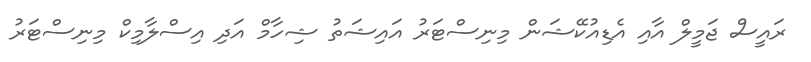
ރައީސް ޖަމީލް އާއި އެޑިއުކޭޝަން މިނިސްޓަރު އައިޝަތު ޝިހާމް އަދި އިސްލާމިކް މިނިސްޓަރު